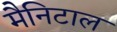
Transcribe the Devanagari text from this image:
मैनिटाल